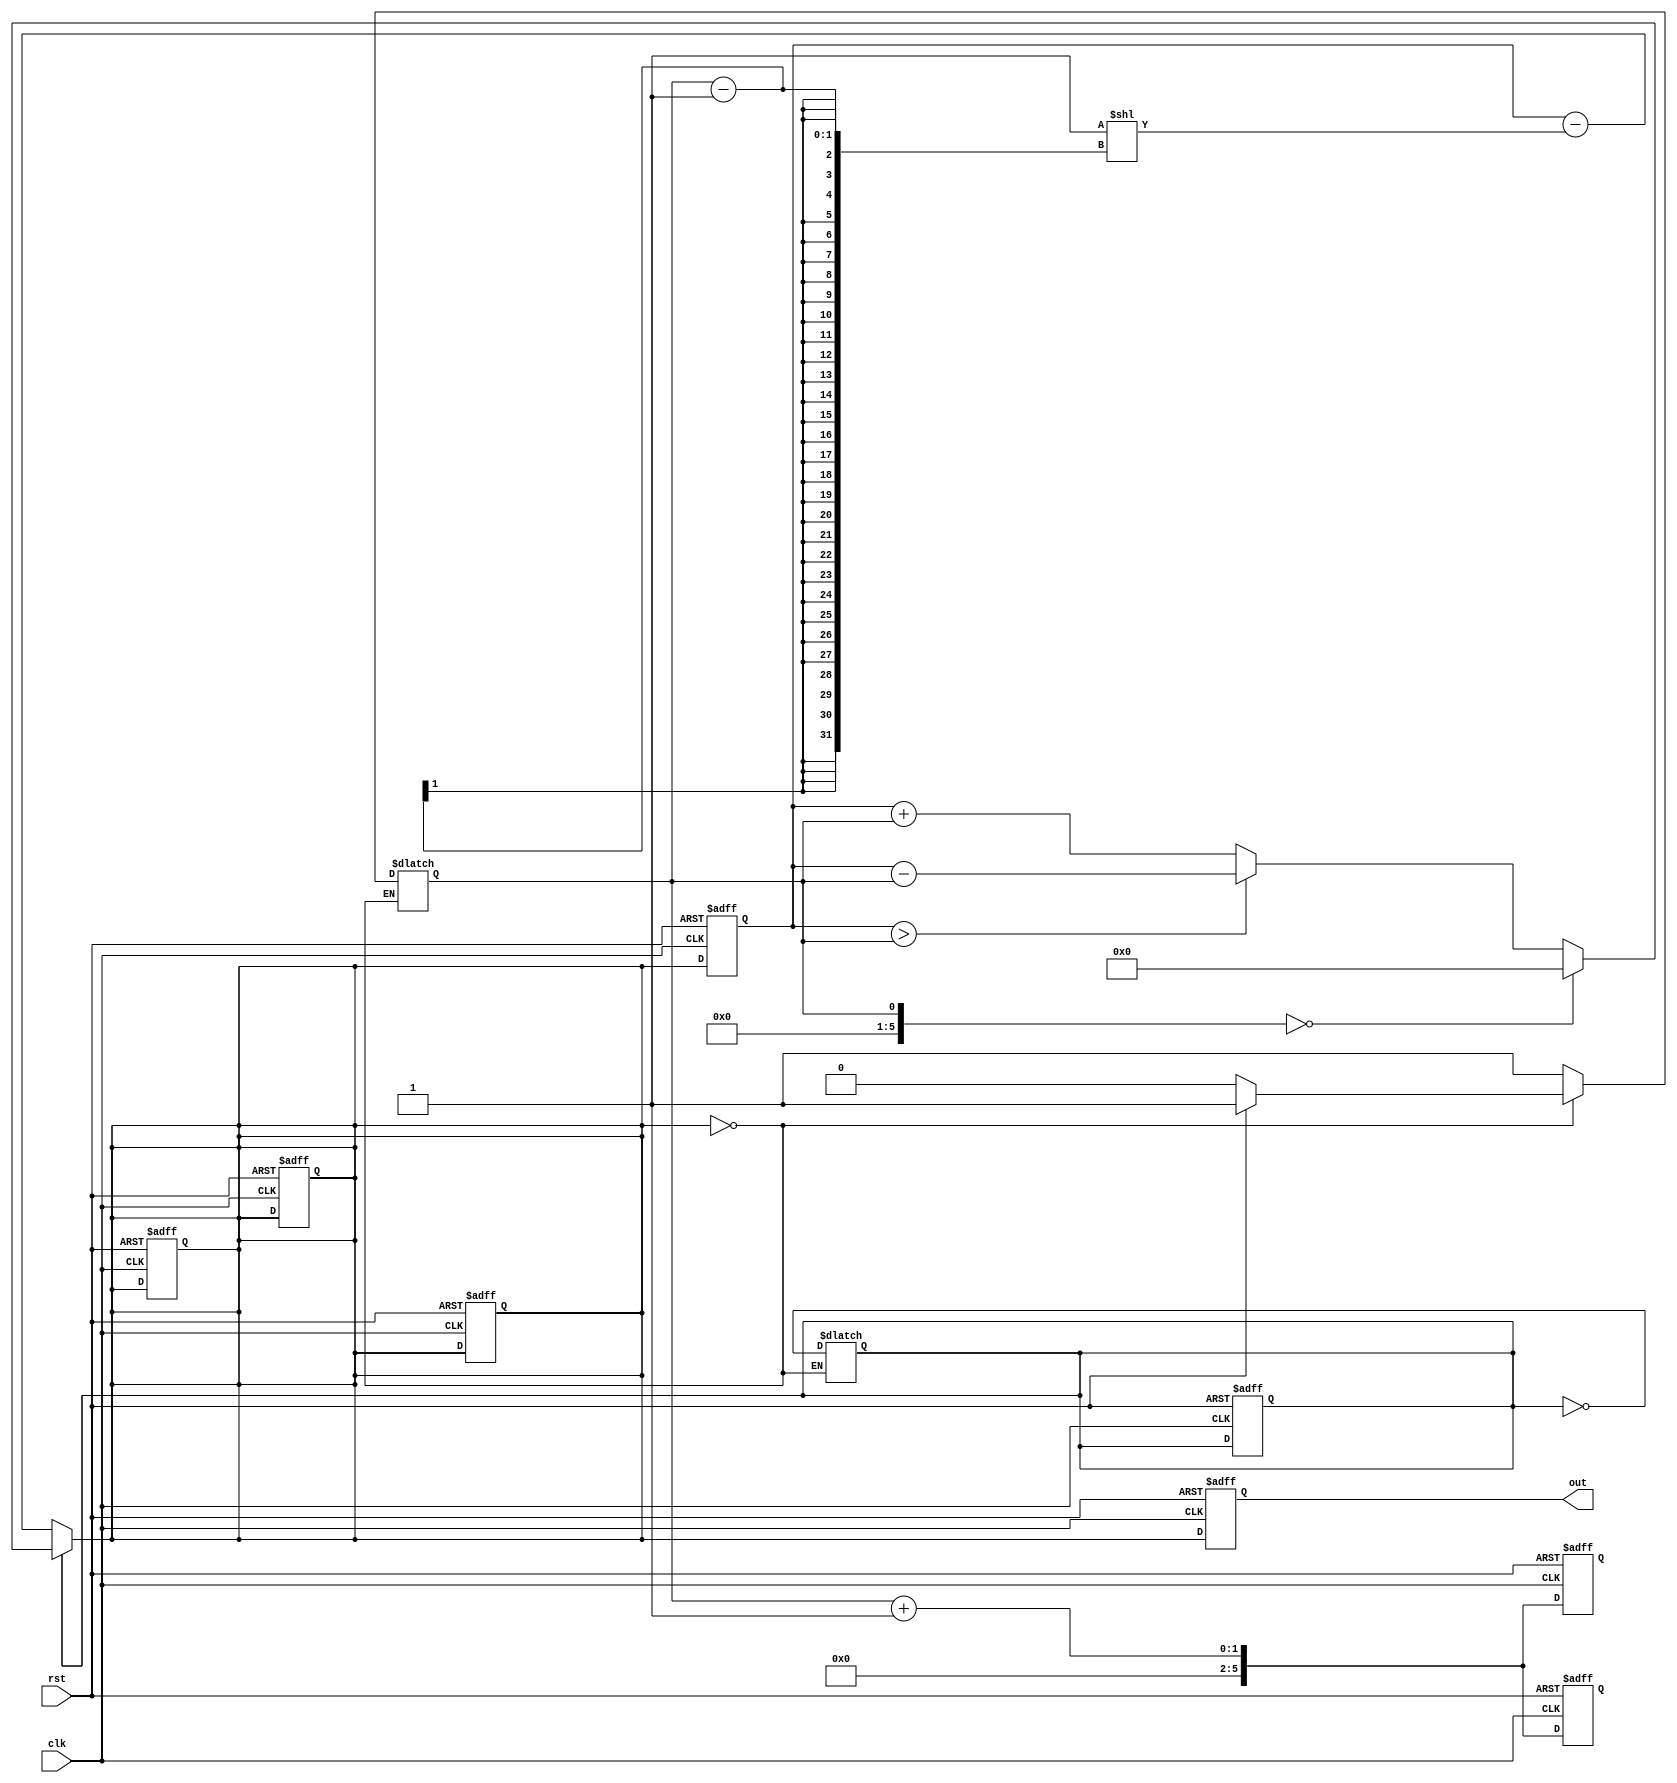
`timescale 1ns/100ps

module lab2_1(
    input clk,
    input rst,
    output reg [5:0] out
);
    reg [5:0] an=0,an_next=0,previous=0,previous_next=0,n=0,n_next=0;
    reg countup=0;

    //flip-flop:only cares about connection and reset,dont update values
    always @(posedge clk,posedge rst) begin
        if(rst==1) begin
            out <= 0;

            an <= 0;
            previous <= 0;
            n <= 0;
            an_next<=0;
            previous_next<=0;
            n_next<=0;

            countup <= 0;
        end else begin
            out <= an_next;
            an <= an_next;
            previous <= previous_next;
            n <= n_next;
        end
    end

    //combinational logic
    always @(*) begin
        if(countup) begin
            if(n == 0) begin
                an = 0;
            end else if(previous > n) begin
                an = previous - n;
            end else begin
                an = previous + n;
            end
        end else begin
            an = previous - ( 1<<(n-1) );
        end
        an_next = an;
        previous_next = an;
        n_next = n + 1; //remember to increment
    end
    
    always @(*) begin
        if(an == 0) begin
            countup = ~countup;
            if(rst) begin   //reset,next number is 1
                n = 1;
            end else begin  //normal
                n = 0;
            end
            
        end else if(n == 58) begin
            countup = ~countup;
            n = 1;
        end
    end
endmodule